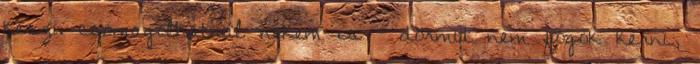
kész. csomagolhatnál nekem is - dörmit nem fogok kérni,